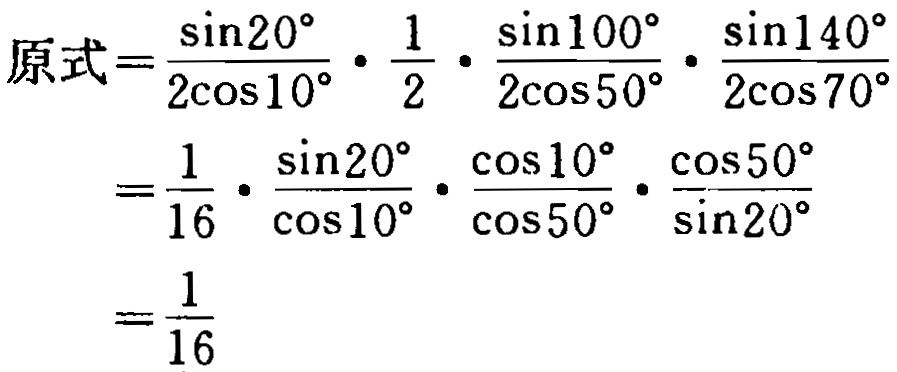
\[
\begin{align*}
原式&=\frac{\sin20^{\circ}}{2\cos10^{\circ}}\cdot\frac{1}{2}\cdot\frac{\sin100^{\circ}}{2\cos50^{\circ}}\cdot\frac{\sin140^{\circ}}{2\cos70^{\circ}}\\
&=\frac{1}{16}\cdot\frac{\sin20^{\circ}}{\cos10^{\circ}}\cdot\frac{\cos10^{\circ}}{\cos50^{\circ}}\cdot\frac{\cos50^{\circ}}{\sin20^{\circ}}\\
&=\frac{1}{16}
\end{align*}
\]